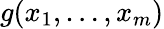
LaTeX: g(x_{1},\dots,x_{m})